Assam Mental Hospital (Tezpur, India) - 1933-1948
Year: 1933
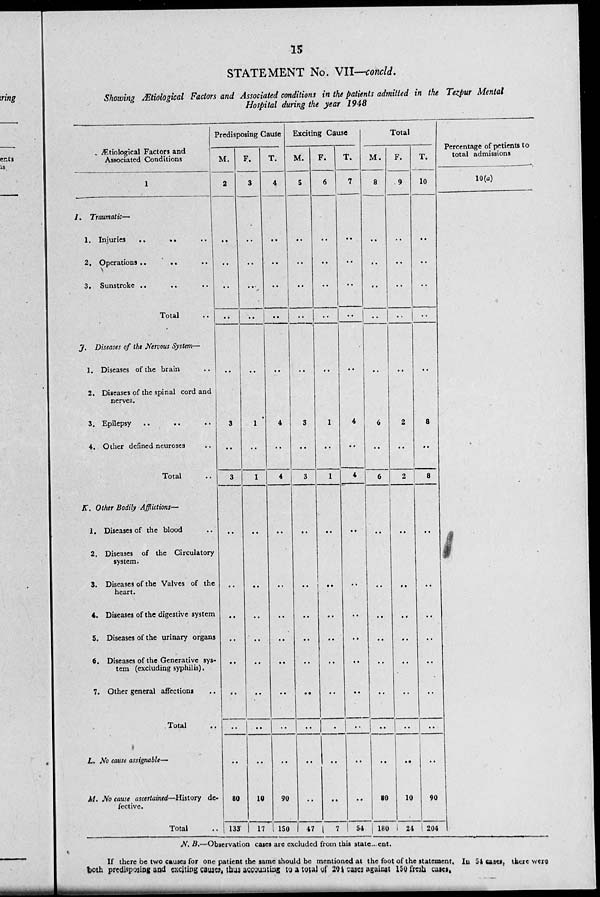
15
STATEMENT No. VII—concld.
Showing Ætiological Factors and Associated conditions in the patients admitted in the Tezpur Mental
Hospital during the year 1948
Ætiological Factors and
Associated Conditions
1
I. Traumatic—
1. Injuries .. .. .. ..
2. Operations .. .. ..
3. Sunstroke .. .. ..
Total ..
J. Diseases of the Nervous System—
1. Diseases of the brain ..
2. Diseases of the spinal cord and
nerves.
3. Epilepsy .. .. ..
4. Other defined neuroses ..
Total ..
K. Other Bodily Afflictions—
1. Diseases of the blood ..
2. Diseases of the Circulatory
system.
3. Diseases of the Valves of the
heart.
4. Diseases of the digestive system
5. Diseases of the urinary organs
6. Diseases of the Generative sys-
tem (excluding syphilis).
7. Other general affections ..
Total ..
L. No cause assignable—
M. No cause ascertained—History de-
fective.
Total ..
Predisposing Cause
M.
2
..
..
..
..
..
3
..
3
..
..
..
..
..
..
..
80
133
F.
3
..
..
..
..
..
1
..
1
..
..
..
..
..
..
..
10
17
T.
4
..
..
..
..
..
4
..
4
..
..
..
..
..
..
..
90
150
Exciting Cause
M.
5
..
..
..
..
..
3
..
3
..
..
..
..
..
..
..
..
47
F.
6
..
..
..
..
..
1
..
1
..
..
..
..
..
..
..
..
7
T.
7
..
..
..
..
..
4
..
4
..
..
..
..
..
..
..
..
54
Total
M.
8
..
..
..
..
..
6
..
6
..
..
..
..
..
..
..
80
180
F.
9
..
..
..
..
..
2
..
2
..
..
..
..
..
..
..
10
24
T.
10
..
..
..
..
..
8
..
8
..
..
..
..
..
..
..
90
204
Percentage of petients to
total admissions
10(a)
N. B.—Observation cases are excluded from this statement.
If there be two causes for one patient the same should be mentioned at the foot of the statement. In 54 cases, there were
both predisposing and exciting causes, thus accounting to a total of 208 cases against 150 fresh cases.